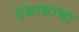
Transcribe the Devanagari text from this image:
दबावाचा